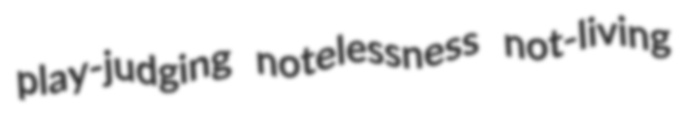
play-judging notelessness not-living